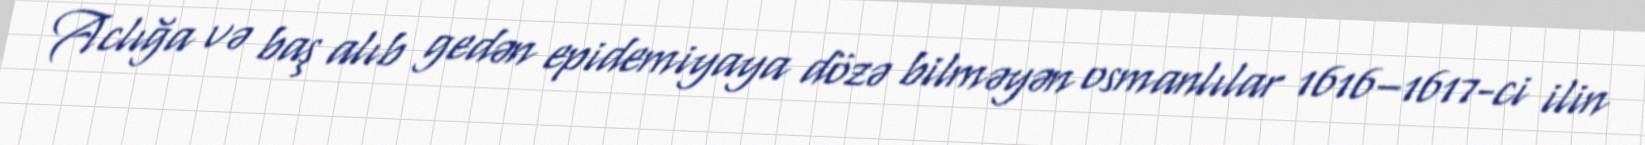
Aclığa və baş alıb gedən epidemiyaya dözə bilməyən osmanlılar 1616–1617-ci ilin